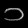
Digit: ၁